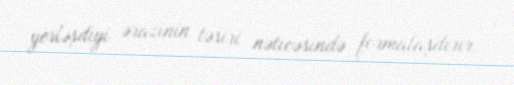
yerləşdiyi ərazinin təsiri nəticəsində formalaşdırır.